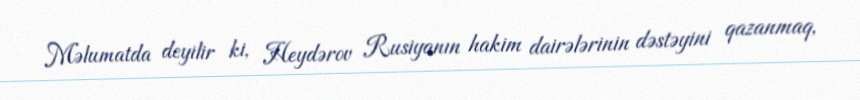
Məlumatda deyilir ki, Heydərov Rusiyanın hakim dairələrinin dəstəyini qazanmaq,